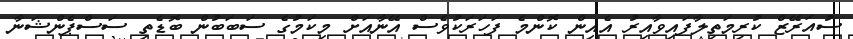
ސުއަރޭޒް ކުރިމަތިލާފައިވާއިރު އެއިން ކޮންމެ ފަހަރަކުވެސް އޭނާއަށް މިކަމުގެ ސަބަބުން ބޮޑެތި ސަސްޕެންޝަނާ